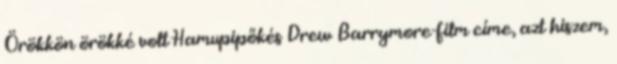
Örökkön örökké volt Hamupipőkés Drew Barrymore-film címe, azt hiszem,